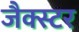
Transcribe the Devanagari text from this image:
जैक्स्टर